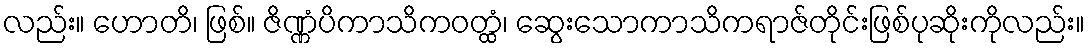
လည်း။ ဟောတိ၊ ဖြစ်။ ဇိဏ္ဏံပိကာသိကဝတ္ထံ၊ ဆွေးသောကာသိကရာဇ်တိုင်းဖြစ်ပုဆိုးကိုလည်း။